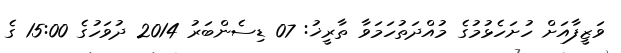
ވަޒީފާއަށް ހުށަހެޅުމުގެ މުއްދަތުހަމަވާ ތާރީޚު: 07 ޑިސެންބަރު 2014 ދުވަހުގެ 15:00 ގެ